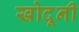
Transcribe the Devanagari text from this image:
खोदूनी